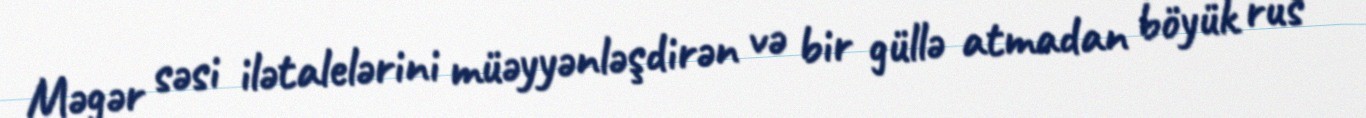
Məgər səsi ilətalelərini müəyyənləşdirən və bir güllə atmadan böyük rus